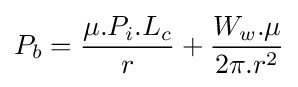
P_{b}={\frac {\mu .P_{i}.L_{c}}{r}}+{\frac {W_{w}.\mu }{2\pi .r^{2}}}